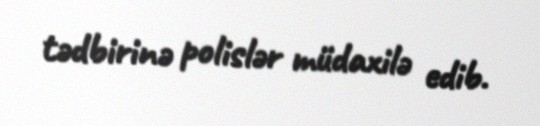
tədbirinə polislər müdaxilə edib.